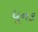
ધૂનક